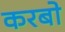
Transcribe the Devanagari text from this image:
करबो